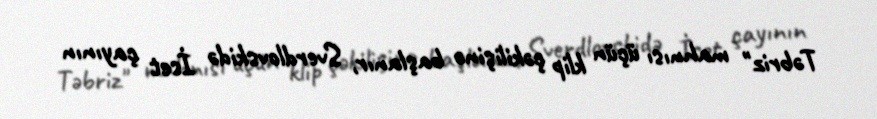
Təbriz" mahnısı üçün klip çəkilişinə başlanır, Sverdlovskidə İset çayının